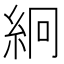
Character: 絅